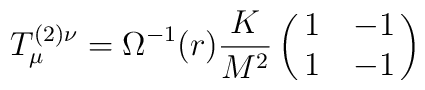
T_{\mu}^{(2)\nu}=\Omega^{-1}(r)\frac{K}{M^{2}}\left(\matrix{1&-1\cr1&-1\cr}\right)